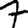
Digit: 7